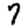
Digit: 7